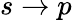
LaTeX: s\rightarrow p